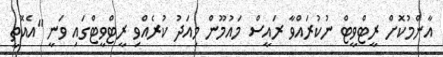
އާންމުކޮށް ރީޓްވީޓް ނުކުރައްވާ ރައީސް މައުމޫން މިއަދު ކުރެއްވި ރީޓްވީޓްގައި ވަނީ "އެއޮތީ